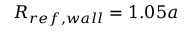
R _ { r e f , w a l l } = 1 . 0 5 a